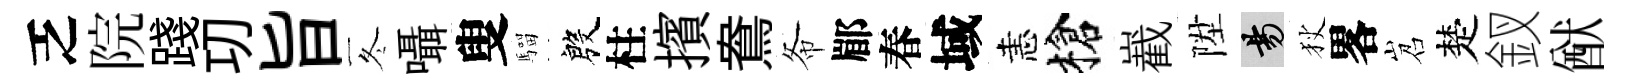
乏院踐㓛旨冬囁叟騮殷柱擯鴦𢁙郿春域恚槍嶻陞昜狄畧岧楚釵猷